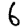
Digit: 6